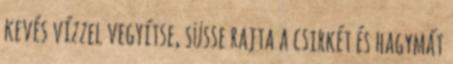
kevés vízzel vegyítse, süsse rajta a csirkét és hagymát